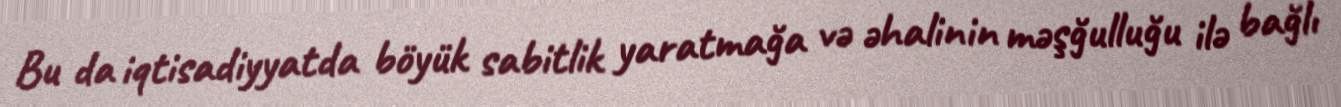
Bu da iqtisadiyyatda böyük sabitlik yaratmağa və əhalinin məşğulluğu ilə bağlı